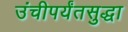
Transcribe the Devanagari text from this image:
उंचीपर्यंतसुद्धा